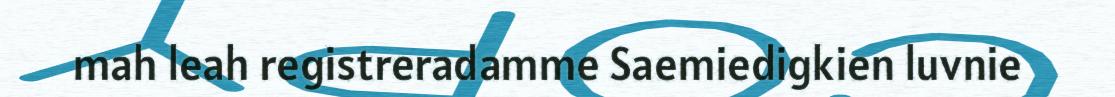
mah leah registreradamme Saemiedigkien luvnie